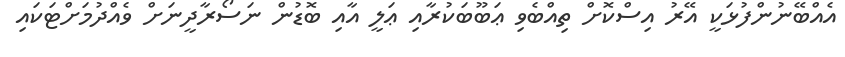
އެއްބޭނުންފުޅަކީ އޭރު އިސްކޮށް ތިއްބެވި ޢަބޫބަކުރާއި ޢަލީ އާއި ބޮޑުން ނަސޯރާދީނަށް ވެއްދުމަށްޓަކައި